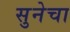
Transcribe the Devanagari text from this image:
सुनेचा